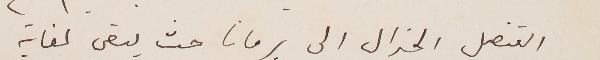
القنصل الجنرال الى برمانا حيث يبقى لغاية